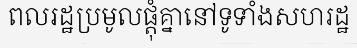
ពលរដ្ឋប្រមូលផ្តុំគ្នានៅទូទាំងសហរដ្ឋ